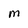
Character: M